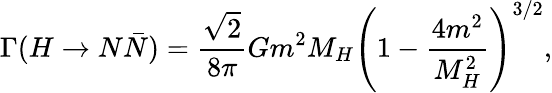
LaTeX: \Gamma(H\to N\bar{N})=\frac{\sqrt{2}}{8\pi}Gm^{2}M_{H}\left(1-\frac{4m^{2}}{M_{H}^{2}}\right)^{3/2},